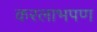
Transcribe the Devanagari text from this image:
करलाभपण